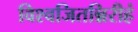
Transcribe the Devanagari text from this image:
विश्वजितन्निरीहं